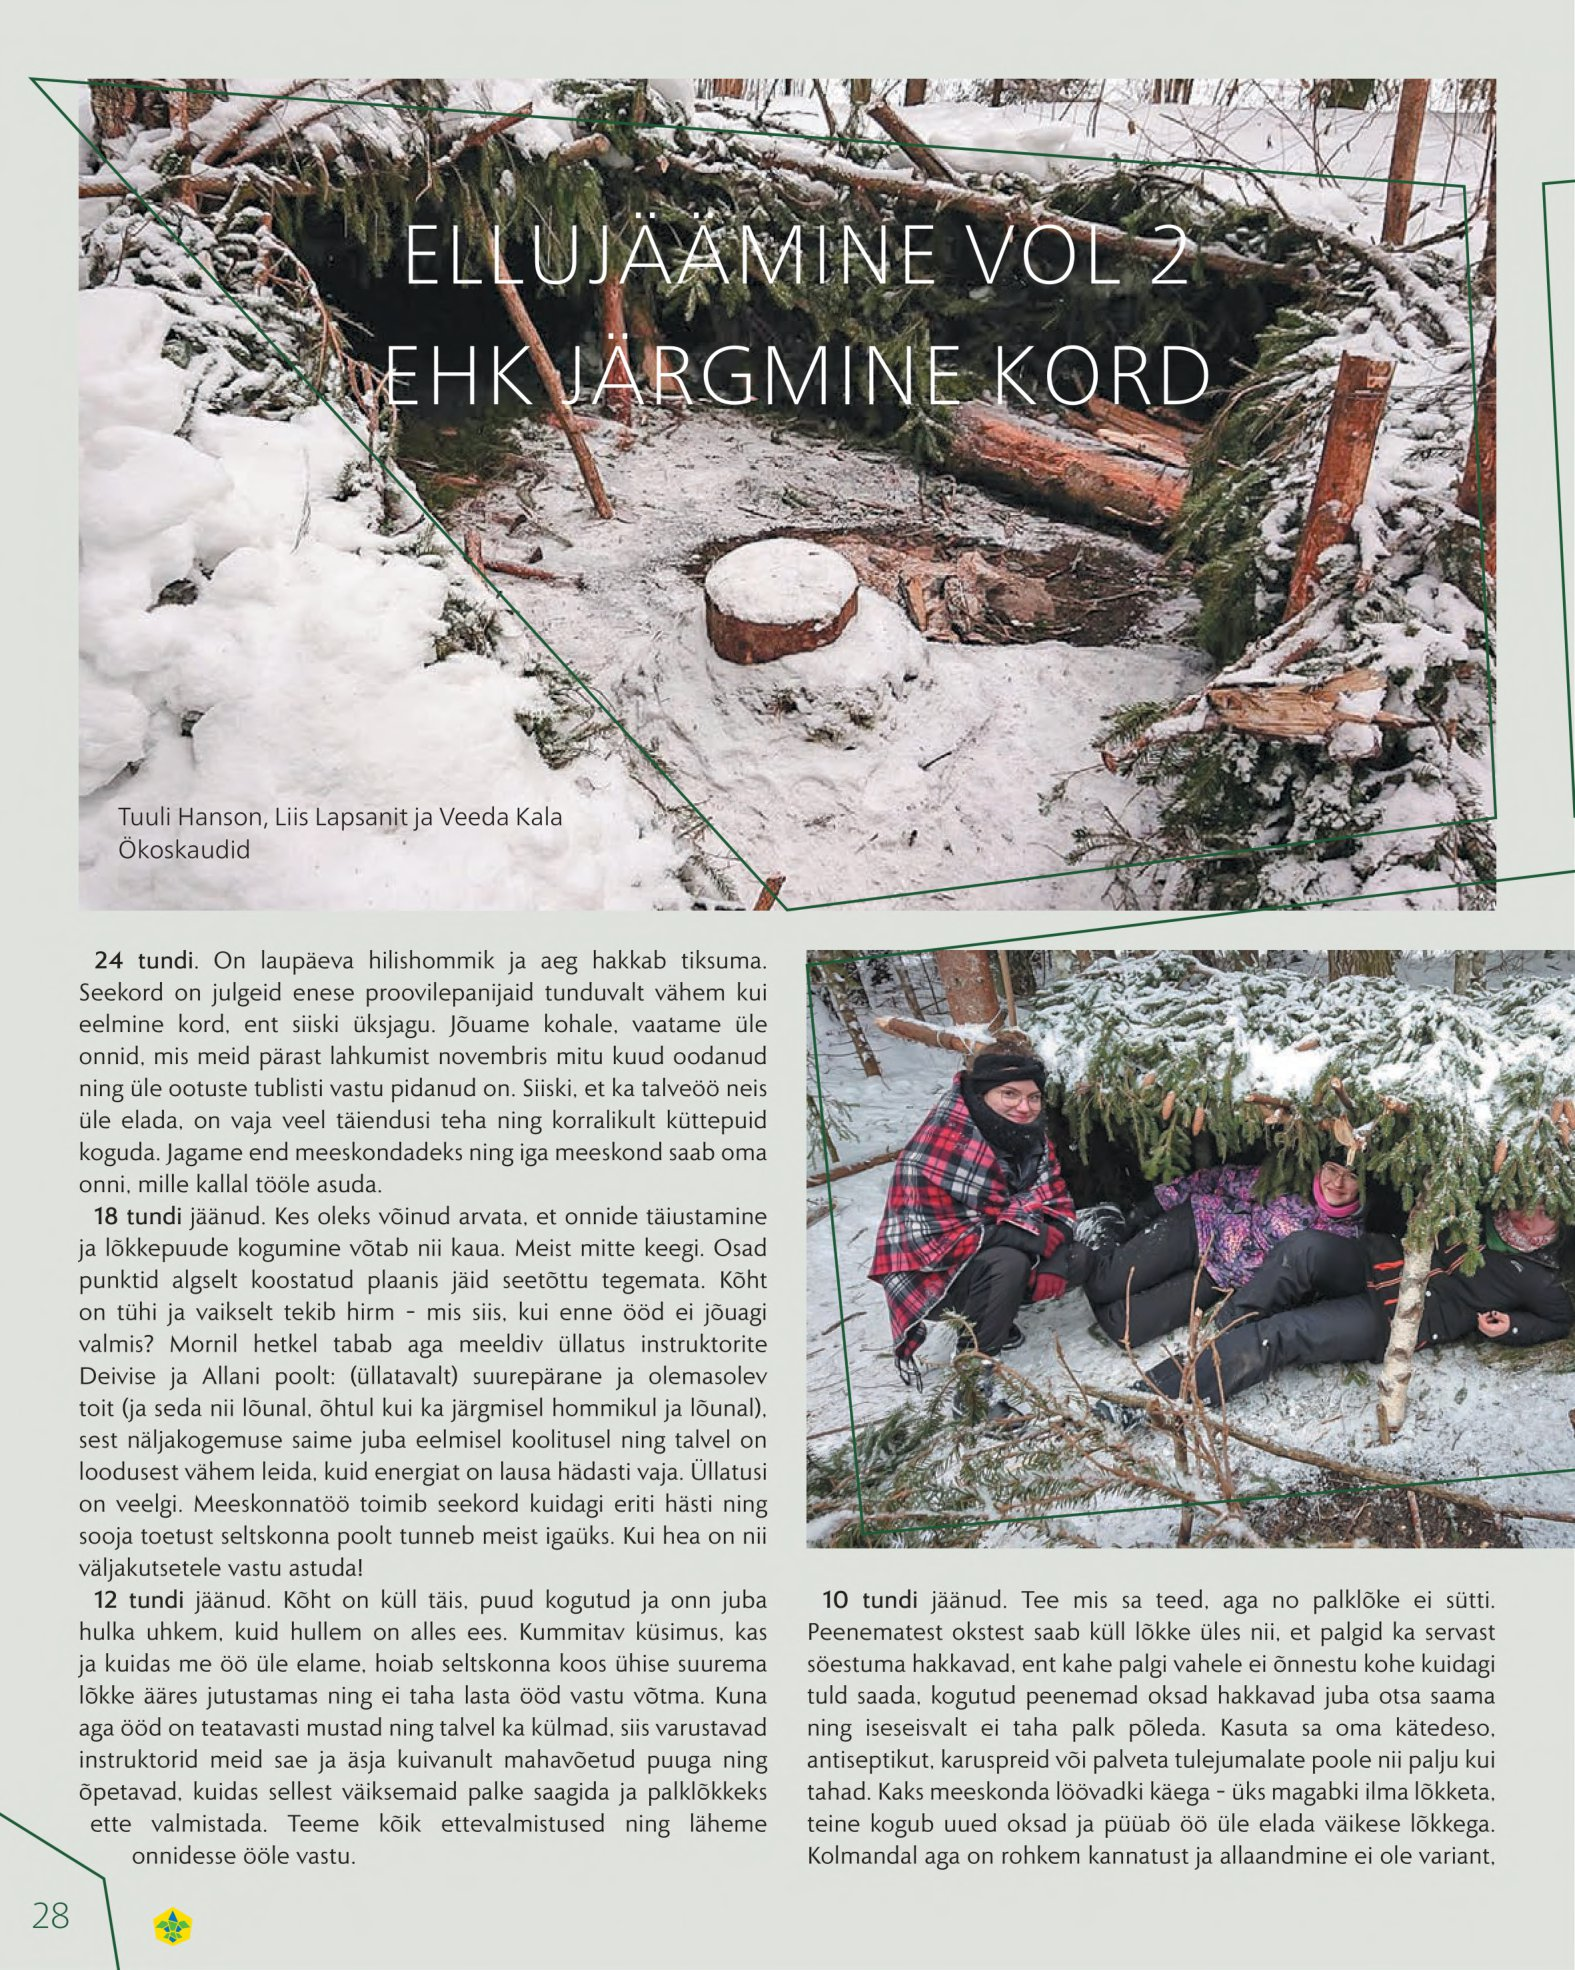
Language: et